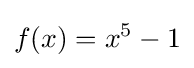
f(x)=x^{5}-1